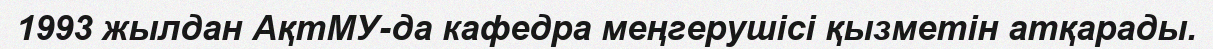
1993 жылдан АқтМУ-да кафедра меңгерушісі қызметін атқарады.